Scottish Leaving Certificate Examination, 1956
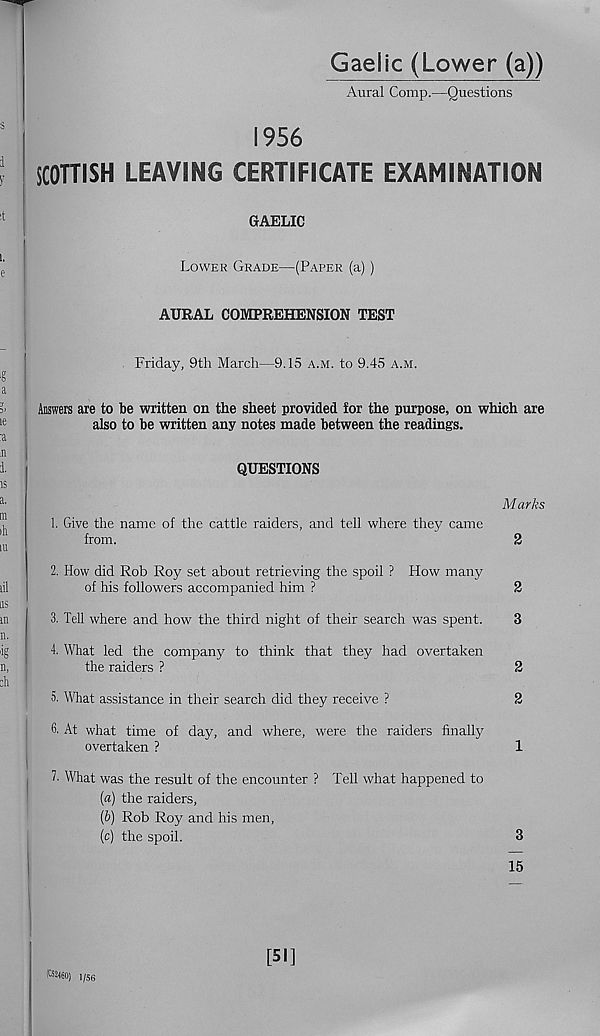
Gaelic (Lower (a))
Aural Comp.—Questions
1956
SCOTTISH LEAVING CERTIFICATE EXAMINATION
GAELIC
Lower Grade—(Paper (a))
AURAL COMPREHENSION TEST
Friday, 9th March—9.15 a.m. to 9.45 a.m.
Answers are to be written on the sheet provided for the purpose, on which are
also to be written any notes made between the readings.
QUESTIONS
Marks
1. Give the name of the cattle raiders, and tell where they came
from.
2
2. How did Rob Roy set about retrieving the spoil ? How many
of his followers accompanied him ?
2
3. Tell where and how the third night of their search was spent.
3
4. What led the company to think that they had overtaken
the raiders ?
2
5. What assistance in their search did they receive ?
2
6. At what time of day, and where, were the raiders finally
overtaken ?
1
h What was the result of the encounter ? Tell what happened to
(a) the raiders,
(&) Rob Roy and his men,
[c] the spoil.
3
15
(C52460) 1/56
[51]